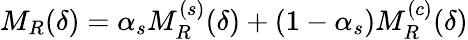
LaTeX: M_{R}(\delta)=\alpha_{s}M_{R}^{(s)}(\delta)+(1-\alpha_{s})M_{R}^{(c)}(\delta)